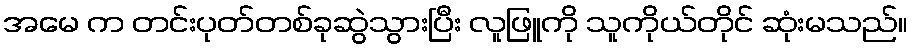
အမေ က တင်းပုတ်တစ်ခုဆွဲသွားပြီး လူဖြူကို သူကိုယ်တိုင် ဆုံးမသည်။